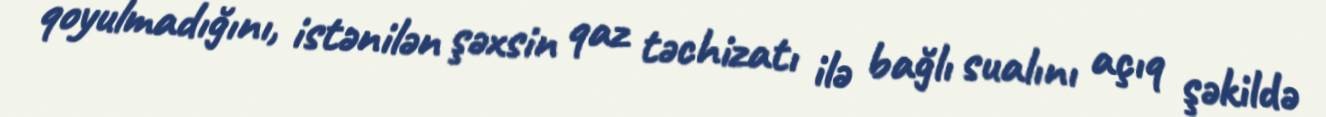
qoyulmadığını, istənilən şəxsin qaz təchizatı ilə bağlı sualını açıq şəkildə